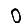
Digit: 0